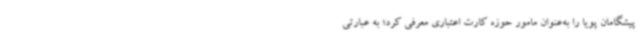
پیشگامان پویا را به‌عنوان مامور حوزه کارت اعتباری معرفی کرد؛ به عبارتی